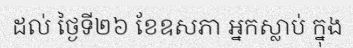
ដល់ ថ្ងៃទី២៦ ខែឧសភា អ្នកស្លាប់ ក្នុង